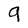
Character: 9